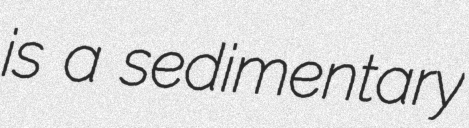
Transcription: is a sedimentary